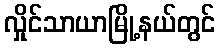
လှိုင်သာယာမြို့နယ်တွင်